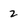
Character: 2